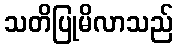
သတိပြုမိလာသည်